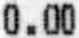
0.00